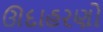
ઊદાહરણો